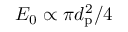
E _ { 0 } \propto \pi d _ { \mathrm { p } } ^ { 2 } / 4